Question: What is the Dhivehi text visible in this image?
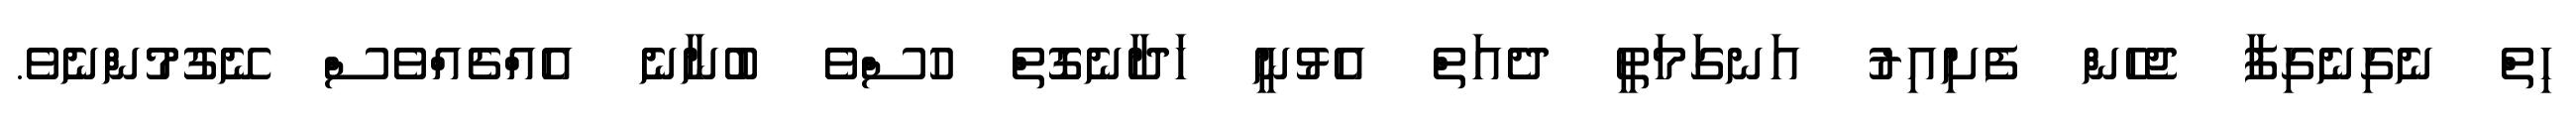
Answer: ހިތް ނެގިނެގިފާ ޖެހެން ފެށިއިރު އަނގަމަތީ ދެއަތް އެޅުނީ ހަދާނެގޮތް ހުސްވެ ބުނާނެ އެއްޗެއްވެސް ނޭގުމުންނެވެ.